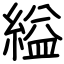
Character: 縊